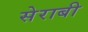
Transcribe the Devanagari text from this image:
सेराबी